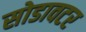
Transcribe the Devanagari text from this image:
सोडावटर